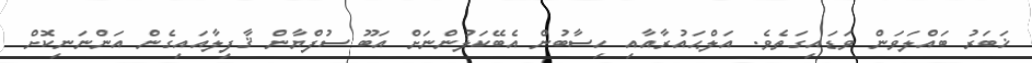
ޚަބަރު ބައްލަވަން ވަޑައިގަތެވެ. އަލްޙައުރާއާއި ހިސާބުން އެބޭކަލުންނަށް އަބޫ ސުފްޔާން ޤާފިލާއައިގެން އަންނަނިކޮށް